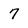
Character: 7